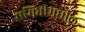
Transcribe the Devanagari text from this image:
समितीमधील